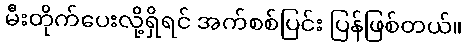
မီးတိုက်ပေးလို့ရှိရင် အက်စစ်ပြင်း ပြန်ဖြစ်တယ်။